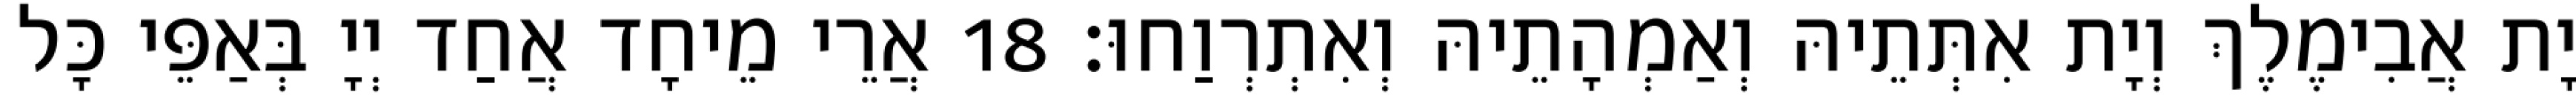
יָת אֲבִימֶלֶךְ וְיָת אִתְּתֵיהּ וְאַמְהָתֵיהּ וְאִתְרְוַחוּ׃ 18 אֲרֵי מֵיחָד אֲחַד יְיָ בְּאַפֵּי כָּל